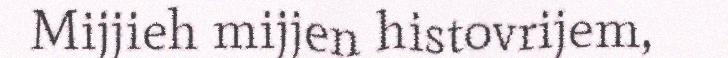
Mijjieh mijjen histovrijem,